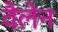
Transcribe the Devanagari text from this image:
वैलेन